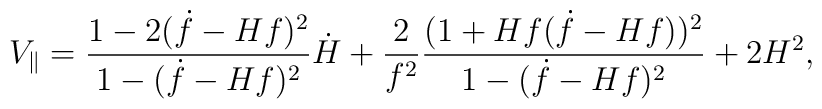
V_\parallel=\frac{1-2(\dot{f}-Hf)^2}{1-(\dot{f}-Hf)^2}\dot{H}+\frac{2}{f^2}\frac{(1+Hf(\dot{f}-Hf))^2}{1-(\dot{f}-Hf)^2}+2H^2,